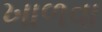
ખાળવા